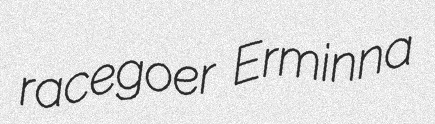
racegoer Erminna